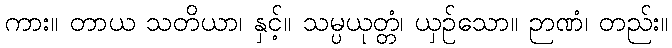
ကား။ တာယ သတိယာ၊ နှင့်။ သမ္ပယုတ္တံ၊ ယှဉ်သော။ ဉာဏံ၊ တည်း။